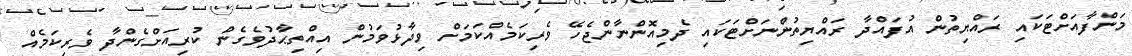
މަންފާއަށްޓަކައި ރައްޔިތުން އުފައްދާ ރައްޔިތުންނަށްޓަކައި ދެމިއޮންނާންޖެހޭ ވެރިކަމެއްކަމަށް ވިދާޅުވަމުން އިއްތިޙާދުވެގެން ކުރިއަށްގެންދާ ވެރިކަމެއް